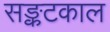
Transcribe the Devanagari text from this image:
सङ्कटकाल